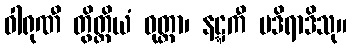
ဝါရုဏီ တွိတ္ထိယံ ဝုတ္တာ၊ နဋ္ဋကီ မဒိရာဒိသု။